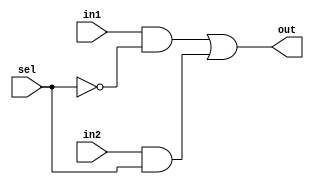
`timescale 1ns/1ns

module MUX_2to1(input in1 , in2 , sel , output out);
  wire inv_sel , a , b;
  
  // sel == 0 in1 ; sel == 1 in2
  not not_gate(inv_sel , sel);
  and and_gate1(a , in1 , inv_sel);
  and and_gate2(b , in2 , sel);
  or or_gate(out , a , b);

endmodule